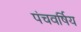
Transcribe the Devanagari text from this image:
पंचवर्षिय